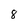
Character: 8